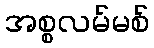
အစ္စလမ်မစ်